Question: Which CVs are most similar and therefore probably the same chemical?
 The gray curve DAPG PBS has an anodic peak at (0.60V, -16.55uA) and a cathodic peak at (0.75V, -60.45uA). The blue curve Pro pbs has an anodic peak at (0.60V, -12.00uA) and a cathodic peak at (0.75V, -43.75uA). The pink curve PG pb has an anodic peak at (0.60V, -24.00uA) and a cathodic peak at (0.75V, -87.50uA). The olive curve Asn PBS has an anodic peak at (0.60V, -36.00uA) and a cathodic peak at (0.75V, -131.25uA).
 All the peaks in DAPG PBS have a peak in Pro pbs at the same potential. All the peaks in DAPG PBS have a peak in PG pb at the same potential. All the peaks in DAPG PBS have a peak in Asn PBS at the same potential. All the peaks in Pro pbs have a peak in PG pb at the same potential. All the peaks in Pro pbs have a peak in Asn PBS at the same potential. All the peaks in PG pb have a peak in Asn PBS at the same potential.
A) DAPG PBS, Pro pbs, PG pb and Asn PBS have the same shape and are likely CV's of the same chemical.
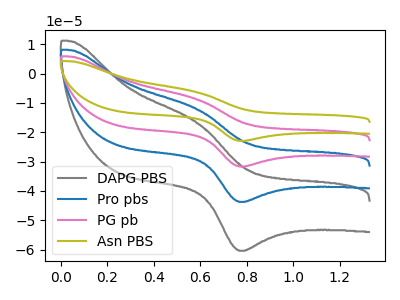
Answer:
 <answer>A) "DAPG PBS", "Pro pbs", "PG pb" and "Asn PBS" have the same shape and are likely CV's of the same chemical.</answer>
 <eval>A</eval>